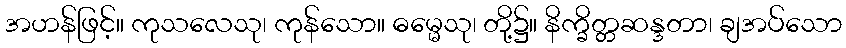
အဟန်ဖြင့်။ ကုသလေသု၊ ကုန်သော။ ဓမ္မေသု၊ တို့၌။ နိက္ခိတ္တဆန္ဒတာ၊ ချအပ်သော